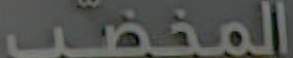
المخضب